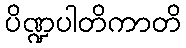
ပိဏ္ဍပါတိကာတိ